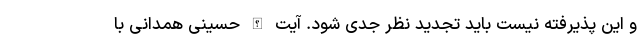
و این پذیرفته نیست باید تجدید نظر جدی شود. آیت الله حسینی همدانی با